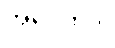
အပ္ပေကဒါ